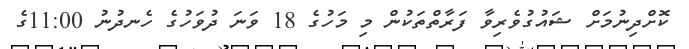
ކޮށްދިނުމަށް ޝައުގުވެރިވާ ފަރާތްތަކުން މި މަހުގެ 18 ވަނަ ދުވަހުގެ ހެނދުނު 11:00ގެ